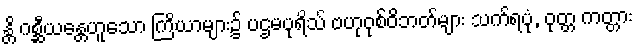
န္တိ ဂစ္ဆီယန္တေဟူသော ကြိယာများ၌ ပဌမပုရိသ် ဗဟုဝုစ်ဝိဘတ်များ သက်ရပုံ, ဝုတ္တ ကတ္တား